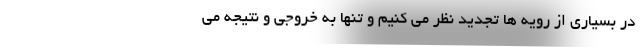
در بسیاری از رویه ها تجدید نظر می کنیم و تنها به خروجی و نتیجه می